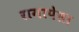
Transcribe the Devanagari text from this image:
रागापेला